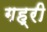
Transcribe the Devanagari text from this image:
गह्री